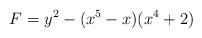
LaTeX: \begin{align*}F = y^2 - (x^5 - x)(x^4 + 2)\end{align*}